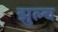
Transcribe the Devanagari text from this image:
झुल्च